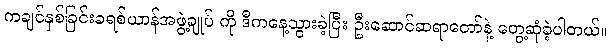
ကချင်နှစ်ခြင်းခရစ်ယာန်အဖွဲ့ချုပ် ကို ဒီကနေ့သွားခဲ့ပြီး ဦးဆောင်ဆရာတော်နဲ့ တွေ့ဆုံခဲ့ပါတယ်။